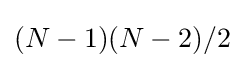
(N-1)(N-2)/2